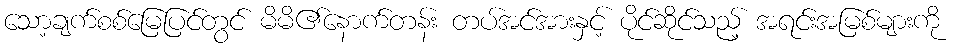
သော့ချက်စစ်မြေပြင်တွင် မိမိ၏နောက်တန်း တပ်အင်အားနှင့် ပိုင်ဆိုင်သည့် အရင်းအမြစ်များကို